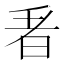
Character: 𭥬